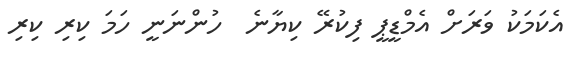
އެކަމަކު ވަރަށް އެމްޑީޕީ ފިކުރޭ ކިޔާނެ  ހުންނަނީ ހަމަ ކިރި ކިރި